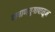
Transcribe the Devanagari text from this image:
पाषाणयुगापासून